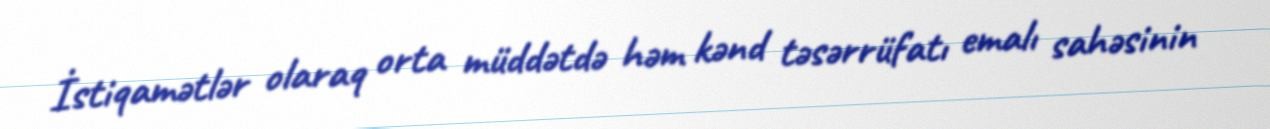
İstiqamətlər olaraq orta müddətdə həm kənd təsərrüfatı emalı sahəsinin